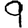
Digit: 9